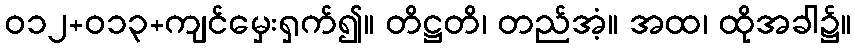
ဝ၁၂+၀၁၃+ကျင်မှေးရှက်၍။ တိဋ္ဌတိ၊ တည်အံ့။ အထ၊ ထိုအခါ၌။